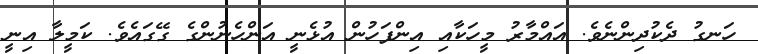
ހަނގު ދެކުދިންނެވެ. އައްމާރު މީހަކާއި އިންފަހުން އުޅެނީ އަންހެނުންގެ ގޭގައެވެ. ކަމީލާ އިނީ